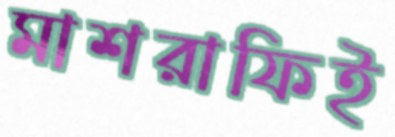
মাশরাফিই